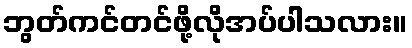
ဘွတ်ကင်တင်ဖို့လိုအပ်ပါသလား။